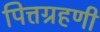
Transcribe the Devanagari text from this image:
पित्तग्रहणी